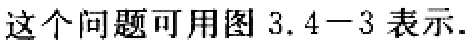
这个问题可用图 3.4−3 表示.